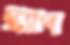
স্ক্র্যাপ